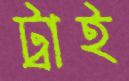
ট্রাই